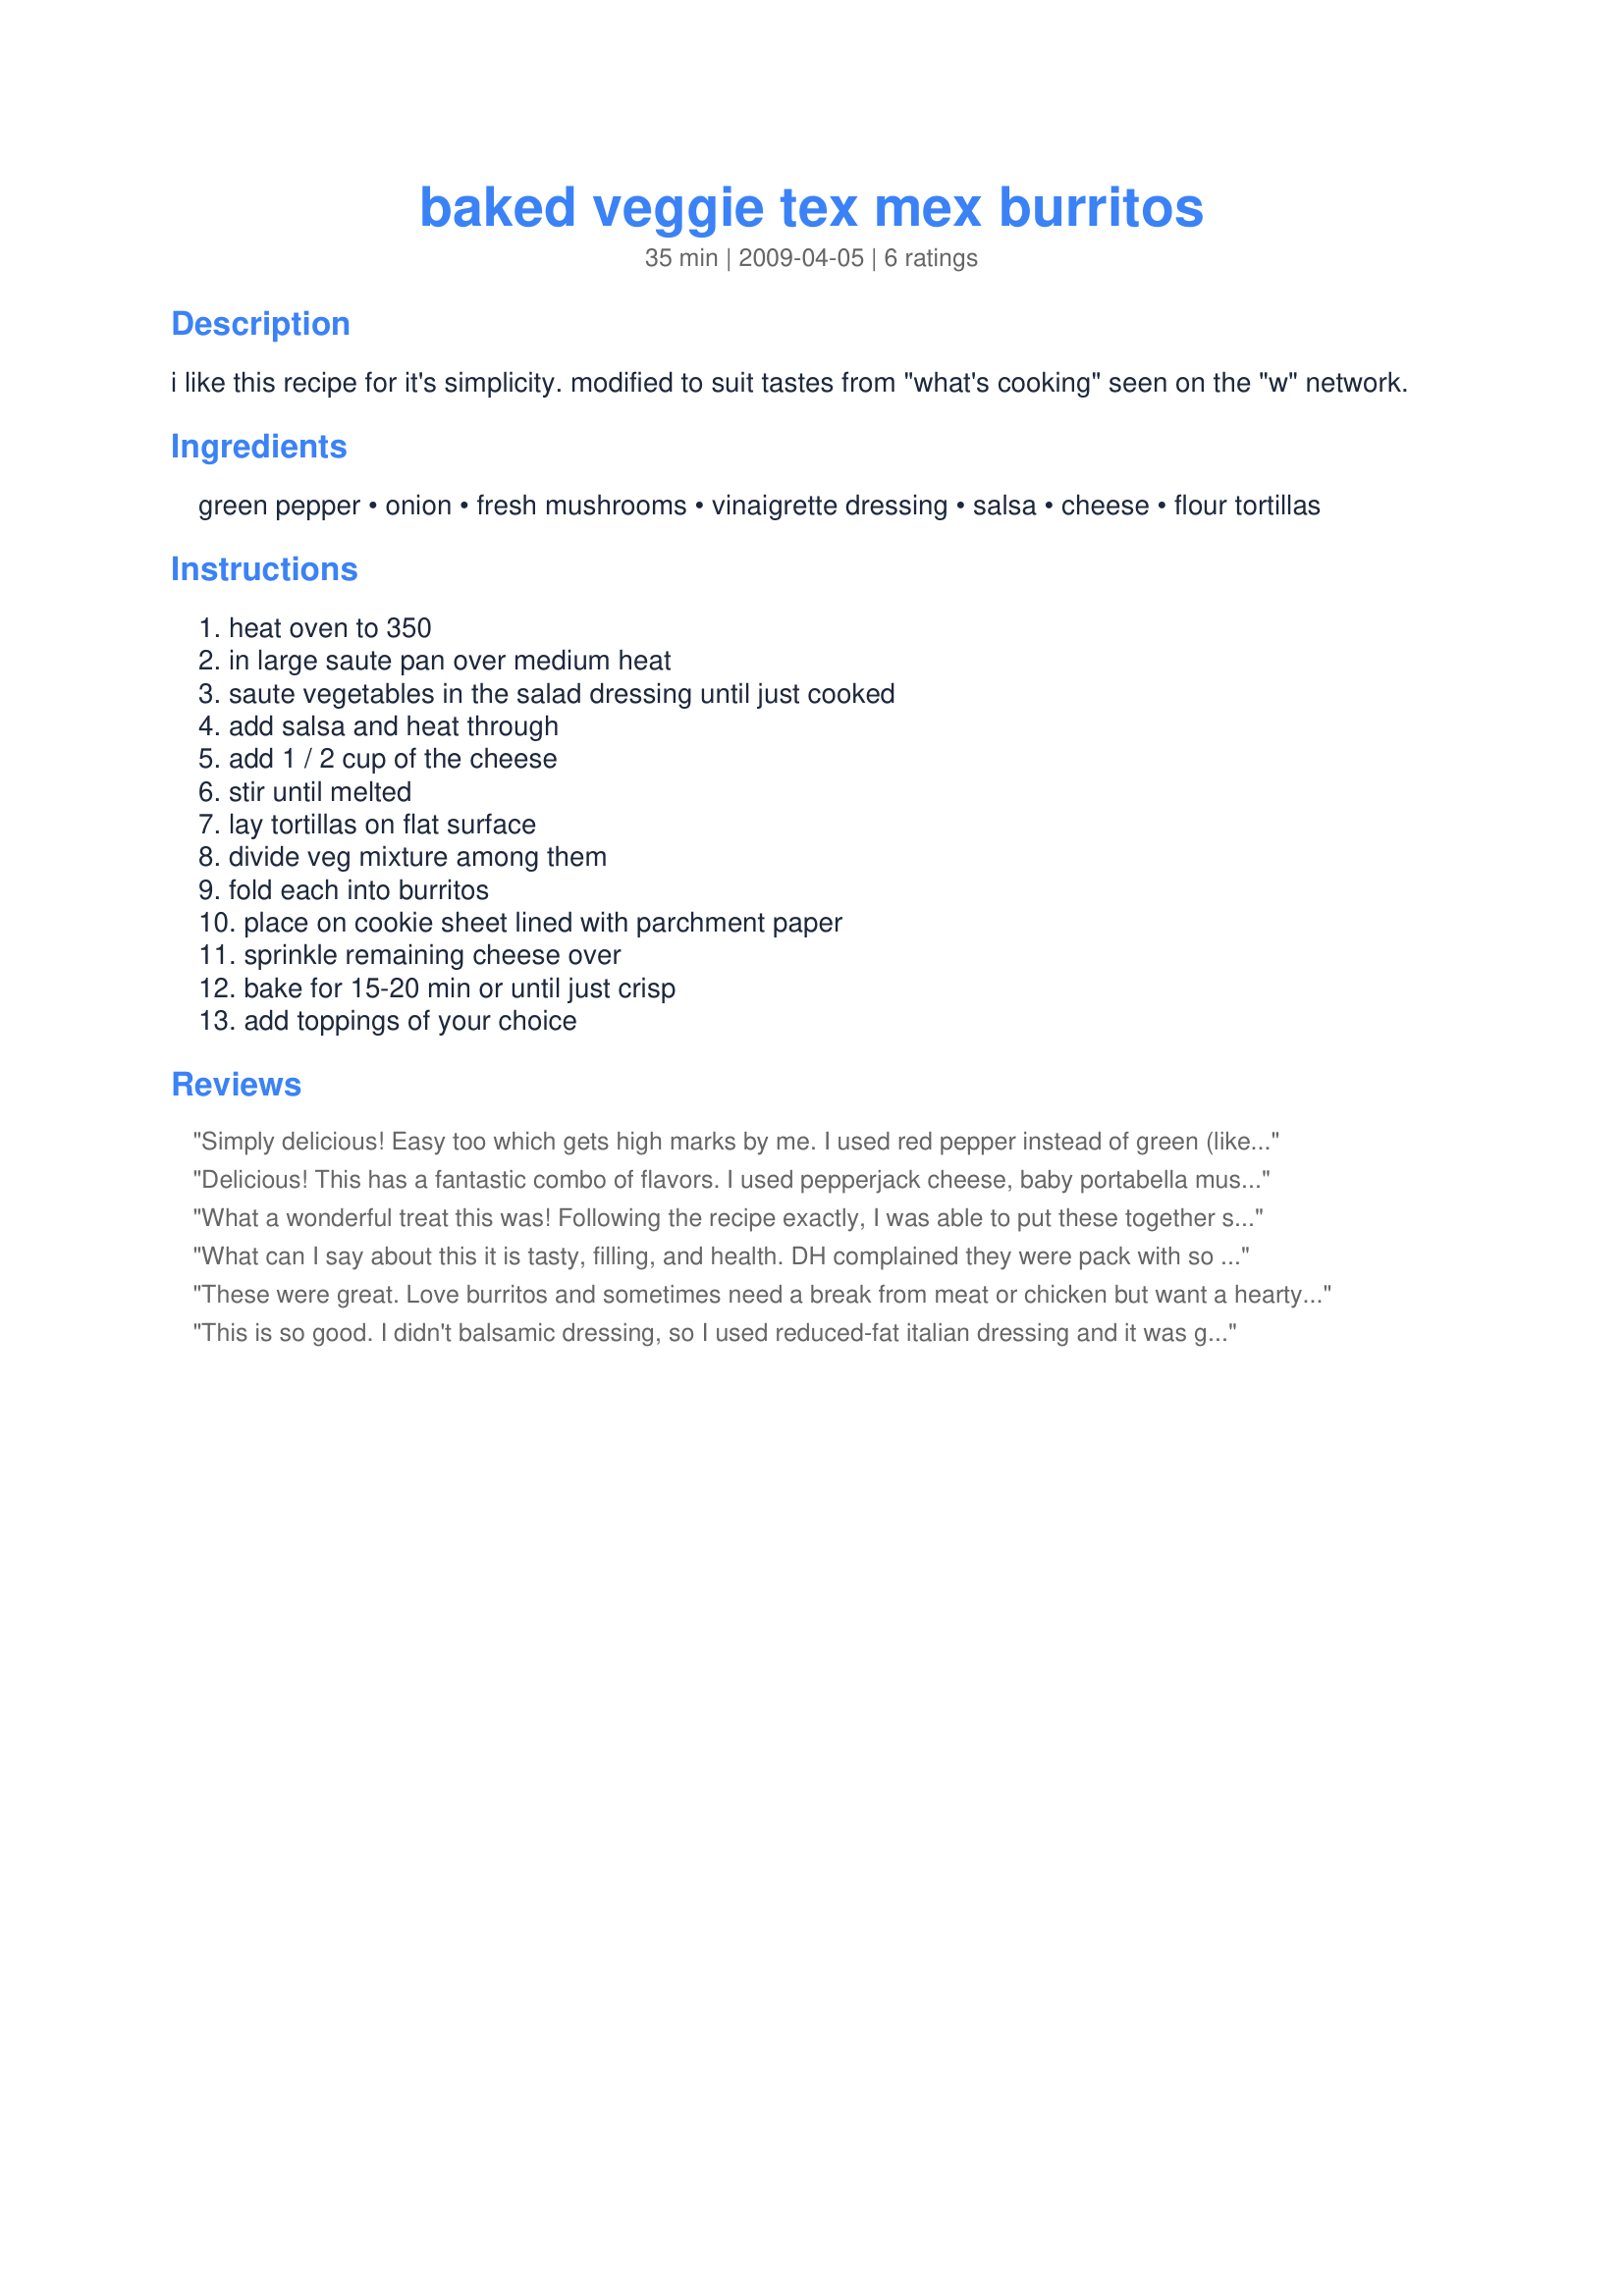
baked veggie tex mex burritos
Preparation time: 35 minutes

i like this recipe for it's simplicity. modified to suit tastes from "what's cooking" seen on the "w" network.

Ingredients:
green pepper, onion, fresh mushrooms, vinaigrette dressing, salsa, cheese, flour tortillas

Steps:
heat oven to 350, in large saute pan over medium heat, saute vegetables in the salad dressing until just cooked, add salsa and heat through, add 1 / 2 cup of the cheese, stir until melted, lay tortillas on flat surface, divide veg mixture among them, fold each into burritos, place on cookie sheet lined with parchment paper, sprinkle remaining cheese over, bake for 15-20 min or until just crisp, add toppings of your choice

Reviews:
Simply delicious! Easy too which gets high marks by me. I used red pepper instead of green (like it better) otherwise made as posted. Appreciate that I have these ingredients always on hand. Thanks LoriMama for sharing a repeater. Made for Everyday is a Holiday.
Delicious! This has a fantastic combo of flavors. I used pepperjack cheese, baby portabella mushrooms, and Recipe #256132. Thanks for sharing this!
What a wonderful treat this was! Following the recipe exactly, I was able to put these together so quickly, and popping them in our son's oven upon arrival for a cookout fun day. Earlier I made all the veggies, cheese, (used "vegan gourmet" cheddar cheese for the vegan portions) salsa, and rolled them. Took right with me, and stuck in the oven for the time stated. Put some great cheese on top and these were gone in really no time flat after putting them on the table to be served. Outstanding! (( used hot salsa - "Chi-Chi's" and used my own vinaigrette dressing.) Made for Everyday Holiday Tag May 2009
What can I say about this it is tasty, filling, and health. DH complained they were pack with so much filling that he had to use a knife and fork, verses eating with his hands (poor baby). Truly these are good.
These were great. Love burritos and sometimes need a break from meat or chicken but want a hearty meal still.

This hit the spot
This is so good. I didn't balsamic dressing, so I used reduced-fat italian dressing and it was great. Thanks Lori Mama :) Made for Holiday tag
